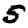
Digit: 5